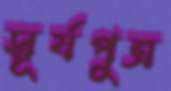
সূর্যপুত্র